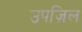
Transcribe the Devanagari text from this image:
उपज़िल